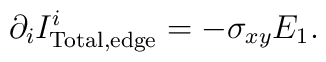
\partial_i I^i_{\rm Total,edge}=-\sigma_{xy}E_1.